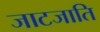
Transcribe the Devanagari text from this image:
जाटजाति